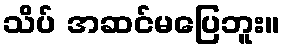
သိပ် အဆင်မပြေဘူး။